Leprosy in India: report of the Leprosy Commission in India, 1890-91
Year: 1890
Disease focus: Leprosy
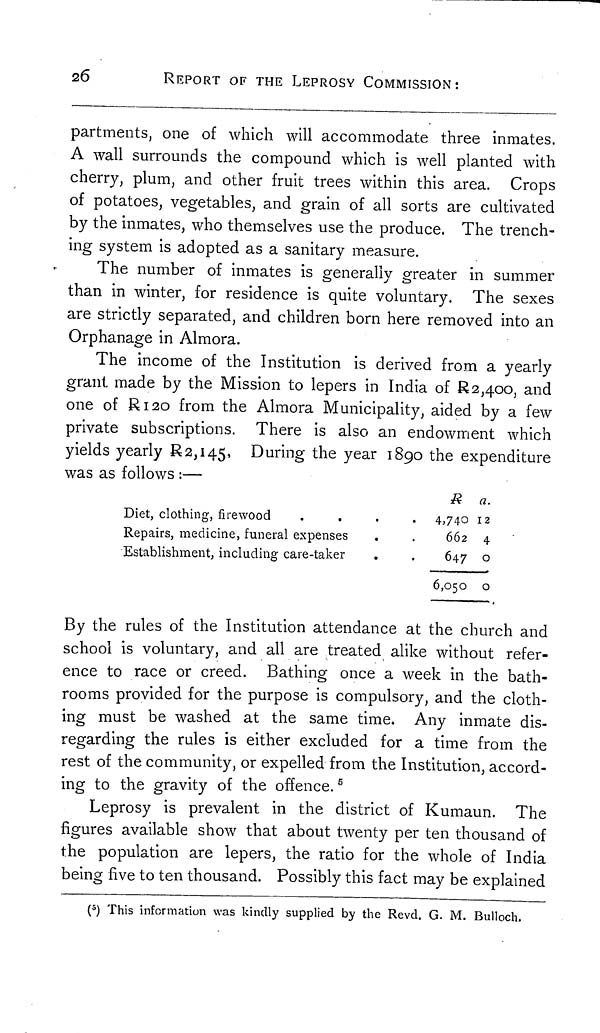
26
REPORT OF THE LEPROSY COMMISSION:
partments, one of which will accommodate three inmates.
A wall surrounds the compound which is well planted with
cherry, plum, and other fruit trees within this area. Crops
of potatoes, vegetables, and grain of all sorts are cultivated
by the inmates, who themselves use the produce. The trench-
ing system is adopted as a sanitary measure.
The number of inmates is generally greater in summer
than in winter, for residence is quite voluntary. The sexes
are strictly separated, and children born here removed into an
Orphanage in Almora.
The income of the Institution is derived from a yearly
grant made by the Mission to lepers in India of R2,4oo, and
one of R120 from the Almora Municipality, aided by a few
private subscriptions. There is also an endowment which
yields yearly R2,145, During the year 1890 the expenditure
was as follows :—
R
a.
Diet, clothing,
firewood
.
.
.
.
4,740 12
Repairs, medicine, funeral expenses
.
.
662 4
Establishment, including care-taker
.
.
647 o
6,050 o
By the rules of the Institution attendance at the church and
school is voluntary, and all are treated alike without refer-
ence to race or creed. Bathing once a week in the bath-
rooms provided for the purpose is compulsory, and the cloth-
ing must be washed at the same time. Any inmate dis-
regarding the rules is either excluded for a time from the
rest of the community, or expelled from the Institution, accord-
ins: to the gravity of the offence. 5
Leprosy is prevalent in the district of Kumaun. The
figures available show that about twenty per ten thousand of
the population are lepers, the ratio for the whole of India
being five to ten thousand. Possibly this fact may be explained
( 5 ) This information was kindly supplied by the Revd. G. M. Bulloch.